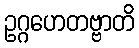
ဥဂ္ဂဟေတဗ္ဗာတိ